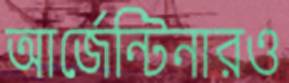
আর্জেন্টিনারও